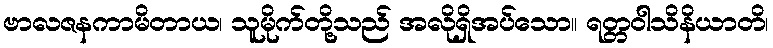
ဗာလဇနကာမိတာယ၊ သူမိုက်တို့သည် အလိုရှိအပ်သော။ ရတ္တဝါသိနိယာတိ၊